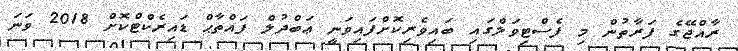
ރާއްޖޭގެ ފަރާތުން މި ފެސްޓިވަލްގައި ބައިވެރިކޮށްފައިވަނީ ޢަބްދުލް ފައްތާޙް ޑައިރެކްޓްކޮށް 2018 ވަނަ